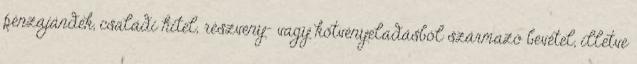
pénzajándék, családi hitel, részvény- vagy kötvényeladásból származó bevétel, illetve